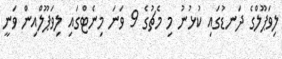
ލިވަޕޫލްގެ ދަނޑުގައި ކުޅުނު މި މެޗުގެ 9 ވަނަ މިނެޓްގައި ލިވަޕޫލްއިން ވަނީ